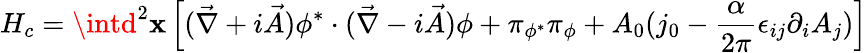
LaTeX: H_{c}=\intd^{2}\mathbf{x}\left[({\vec{{\nabla}}}+i{\vec{{A}}})\phi^{*}\cdot({\vec{{\nabla}}}-i{\vec{{A}}})\phi+\pi_{\phi^{*}}\pi_{\phi}+A_{0}(j_{0}-\frac{{\alpha}}{{2\pi}}\epsilon_{ij}\partial_{i}A_{j})\right]